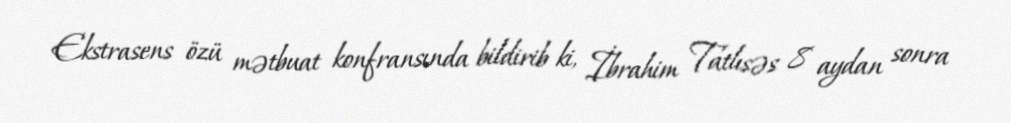
Ekstrasens özü mətbuat konfransında bildirib ki, İbrahim Tatlısəs 8 aydan sonra